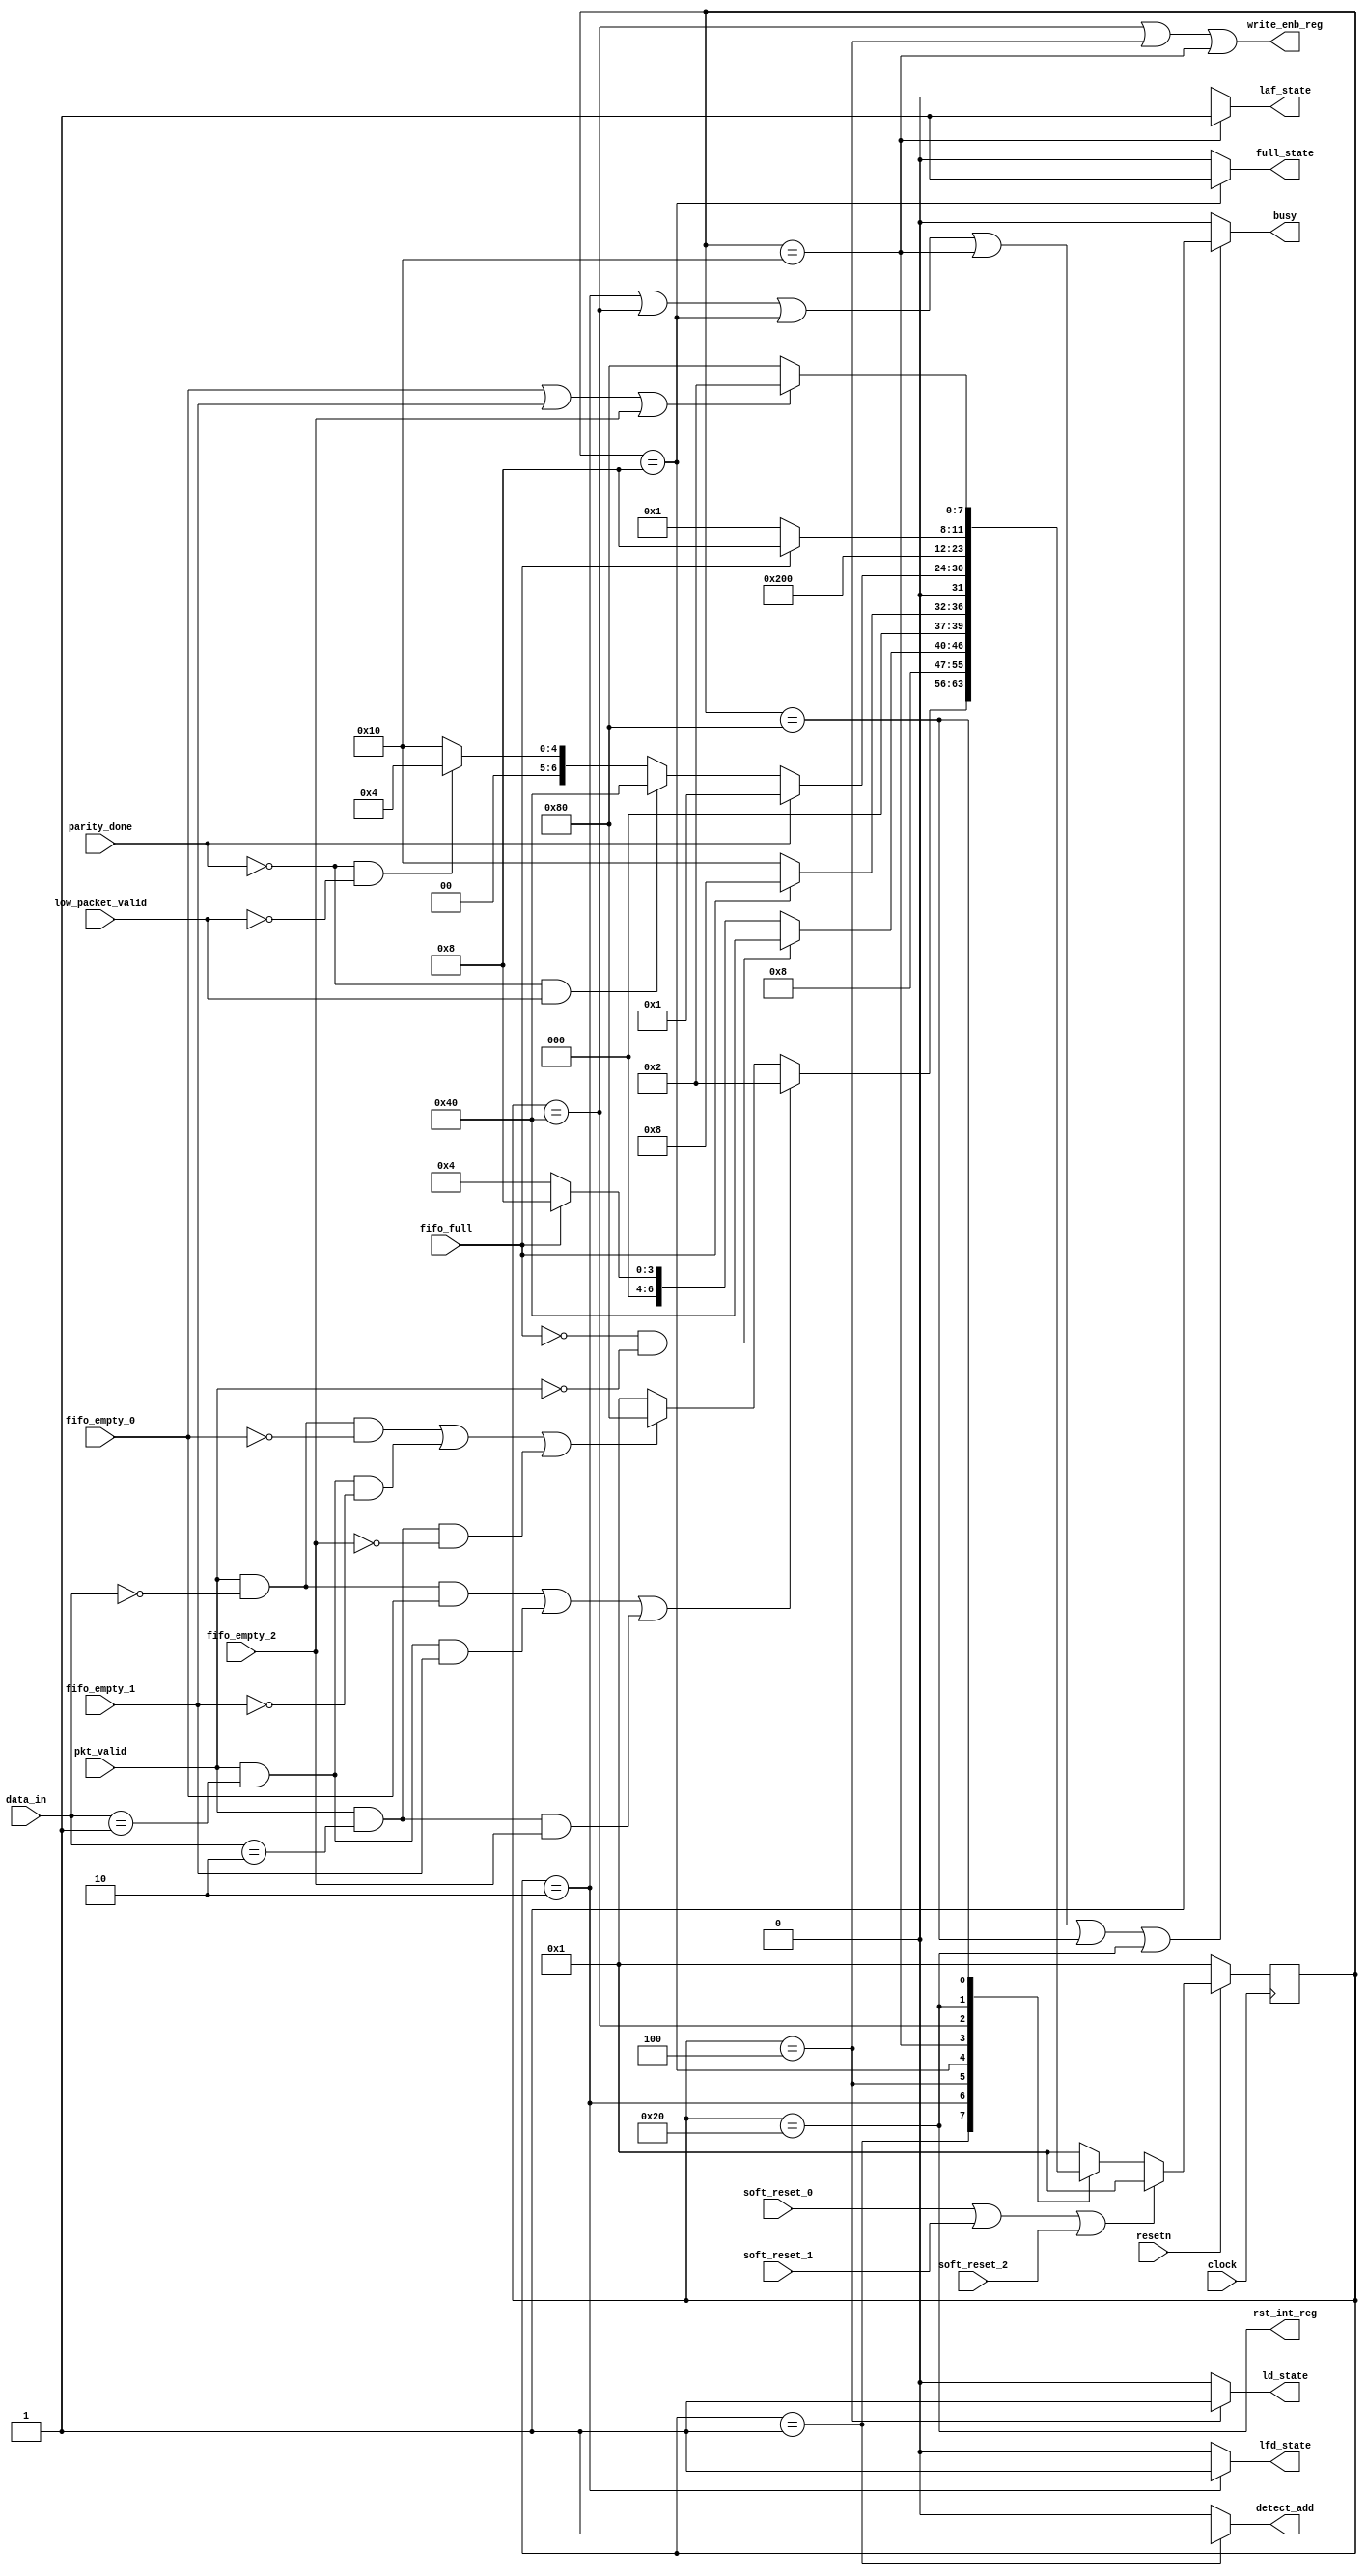
module router_fsm(clock,resetn,pkt_valid,data_in,fifo_full,
		  fifo_empty_0,fifo_empty_1,fifo_empty_2,
		  soft_reset_0, soft_reset_1, soft_reset_2,
		  parity_done, low_packet_valid,
		  write_enb_reg, detect_add, ld_state,
		  laf_state, lfd_state, full_state, rst_int_reg, busy);


    input clock,resetn,pkt_valid,fifo_full,
        fifo_empty_0,fifo_empty_1,fifo_empty_2,
        soft_reset_0, soft_reset_1, soft_reset_2,
        parity_done, low_packet_valid;
        
    input [1:0]data_in;

    output write_enb_reg, detect_add, ld_state,
        laf_state, lfd_state, full_state,
        rst_int_reg, busy; 


    parameter DECODE_ADDRESS = 8'd1,
        LOAD_FIRST_DATA = 8'd2,
        LOAD_DATA = 8'd4,
        FIFO_FULL_STATE = 8'd8,
        LOAD_AFTER_FULL = 8'd16,
        CHECK_PARITY_ERROR = 8'd32,
        LOAD_PARITY = 8'd64,
        WAIT_TILL_EMPTY = 8'd128;

    reg[7:0] state, next_state;

    always@(posedge clock)
    begin
        if(~resetn)
        state<= DECODE_ADDRESS;
        else if(soft_reset_0 || soft_reset_1 || soft_reset_2)
            state<= DECODE_ADDRESS;
        else
        state<= next_state;
    end


    always@(*)
    begin
        next_state = DECODE_ADDRESS;

        case(state)
        
            DECODE_ADDRESS: if((pkt_valid&&(data_in[1:0]==0)&&fifo_empty_0) || (pkt_valid&&(data_in[1:0]==1)&&fifo_empty_1) || (pkt_valid&&(data_in[1:0]==2)&&fifo_empty_2))
                        
                        next_state= LOAD_FIRST_DATA;
                    else if((pkt_valid&&(data_in[1:0]==0)&&~fifo_empty_0) || (pkt_valid&&(data_in[1:0]==1)&&~fifo_empty_1) || (pkt_valid&&(data_in[1:0]==2)&&~fifo_empty_2))
                        next_state= WAIT_TILL_EMPTY;

                    else
                        next_state= DECODE_ADDRESS;

            LOAD_FIRST_DATA: next_state= LOAD_DATA;

            LOAD_DATA: if((~fifo_full) && (~pkt_valid))
                    next_state= LOAD_PARITY;
                    else if(fifo_full)
                    next_state= FIFO_FULL_STATE;
                    else 
                        next_state= LOAD_DATA;
            
            FIFO_FULL_STATE: if(~fifo_full)
                        next_state= LOAD_AFTER_FULL;

                    else
                        next_state= FIFO_FULL_STATE;

            LOAD_AFTER_FULL: if(parity_done)
                    next_state= DECODE_ADDRESS;

                    else if(~parity_done && low_packet_valid)
                    next_state= LOAD_PARITY;
                    else if(~parity_done && ~low_packet_valid)
                    next_state= LOAD_DATA;
                    else 
                    next_state= LOAD_AFTER_FULL;


            
            LOAD_PARITY: next_state= CHECK_PARITY_ERROR;

            CHECK_PARITY_ERROR: if(fifo_full)
                        next_state= FIFO_FULL_STATE;
                        else
                        next_state= DECODE_ADDRESS;

            
            WAIT_TILL_EMPTY: if(fifo_empty_0 ||
                        fifo_empty_1||
                        fifo_empty_2)

                        next_state= LOAD_FIRST_DATA;
                    
                    else if(~(fifo_empty_0)||
                        ~(fifo_empty_1) ||
                        ~(fifo_empty_2))

                        next_state= WAIT_TILL_EMPTY;
                    else 
                    next_state= WAIT_TILL_EMPTY;
        endcase
    
    end

    assign detect_add = (state== DECODE_ADDRESS)?1:0;
    assign lfd_state = (state== LOAD_FIRST_DATA)?1:0;
    assign ld_state= (state== LOAD_DATA)?1:0;
    assign busy= ((state== LOAD_FIRST_DATA)||(state== LOAD_PARITY) || (state== FIFO_FULL_STATE) || (state== LOAD_AFTER_FULL) || (state== WAIT_TILL_EMPTY) || (state== CHECK_PARITY_ERROR))?1:0;
    assign write_enb_reg= (state== LOAD_PARITY)||(state== LOAD_DATA) || (state== LOAD_AFTER_FULL);
    assign full_state= (state== FIFO_FULL_STATE)?1:0;
    assign laf_state= (state== LOAD_AFTER_FULL)?1:0;
    assign rst_int_reg= (state== CHECK_PARITY_ERROR);

endmodule